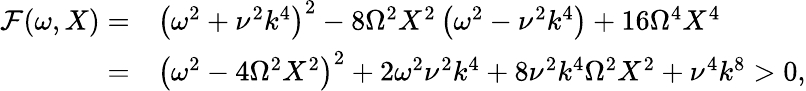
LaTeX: \begin{array}{rl}{\mathcal{F}(\omega,X)=}&{\left(\omega^{2}+\nu^{2}k^{4}\right)^{2}-8\Omega^{2}X^{2}\left(\omega^{2}-\nu^{2}k^{4}\right)+16\Omega^{4}X^{4}}\\ {=}&{\left(\omega^{2}-4\Omega^{2}X^{2}\right)^{2}+2\omega^{2}\nu^{2}k^{4}+8\nu^{2}k^{4}\Omega^{2}X^{2}+\nu^{4}k^{8}>0,}\end{array}